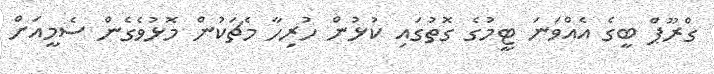
ގްރޫޕް ބީގެ އެއްވަނަ ޓީމުގެ ގޮތުގައި ކުޅުން ހުރިހާ މެޗަކުން މޮޅުވެގެން ސެމީއަށް